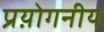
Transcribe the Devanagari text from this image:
प्रय़ोगनीय